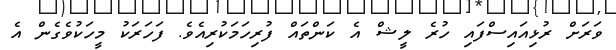
ވަރަށް ރުޅިއައިސްފައި ހުރެ ލީޝް އެ ކަންތައް ފުރިހަމަކުރިއެވެ. ފަހަރަކު މީހަކުވެގެން އެ